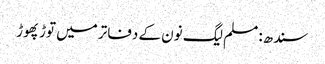
سندھ: مسلم لیگ نون کے دفاتر میں توڑ پھوڑ